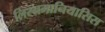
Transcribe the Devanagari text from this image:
लिस्नमानियासिस